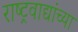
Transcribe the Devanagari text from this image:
राष्ट्रवाद्यांच्या